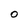
Character: O